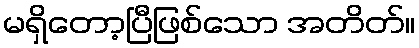
မရှိတော့ပြီဖြစ်သော အတိတ်။